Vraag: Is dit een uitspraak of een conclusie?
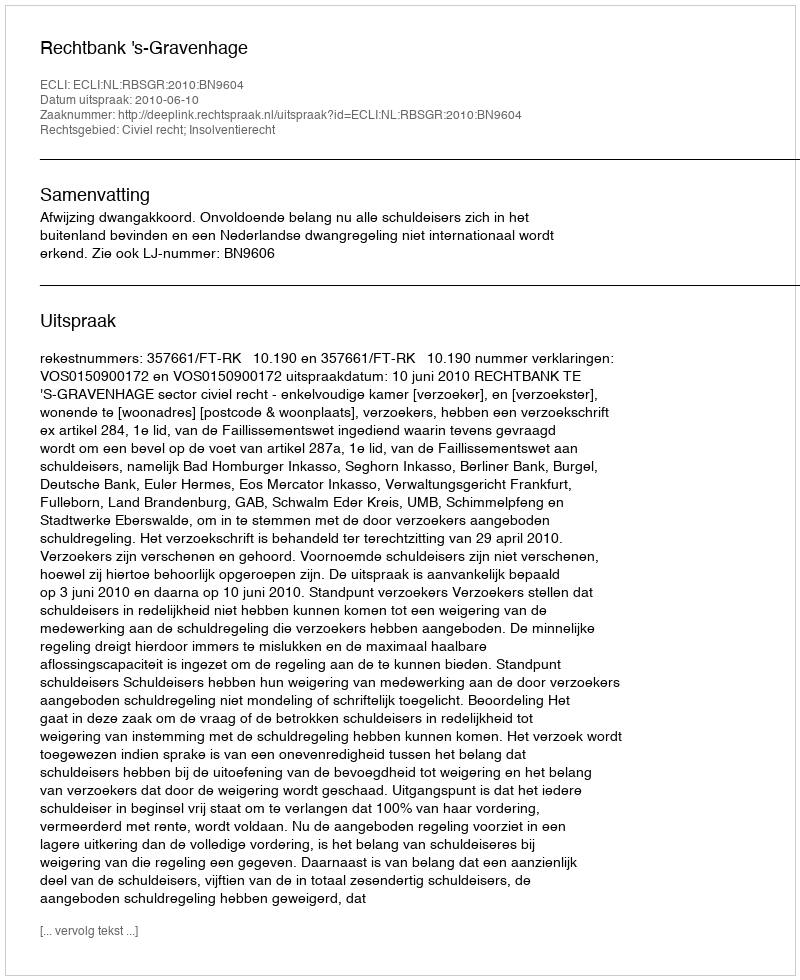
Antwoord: Uitspraak